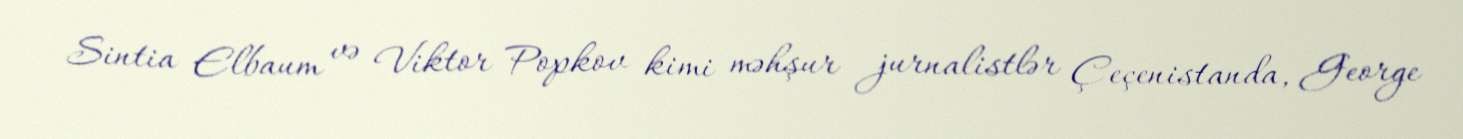
Sintia Elbaum və Viktor Popkov kimi məhşur jurnalistlər Çeçenistanda, George